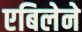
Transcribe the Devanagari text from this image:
एबिलेने